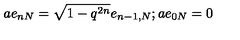
a e _ { n N } = \sqrt { 1 - q ^ { 2 n } } e _ { n - 1 , N } ; a e _ { 0 N } = 0